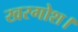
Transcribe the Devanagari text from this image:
खरगोश।